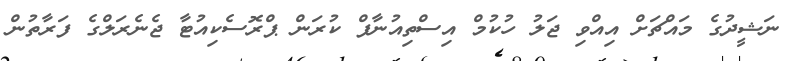
ނަޝީދުގެ މައްޗަށް އިއްވި ޖަލު ހުކުމް އިސްތިއުނާފް ކުރަން ޕްރޮސެކިއުޓާ ޖެނެރަލްގެ ފަރާތުން